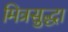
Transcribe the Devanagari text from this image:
मित्रसुद्धा